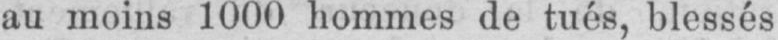
au moins 1000 hommes de tués, blessés